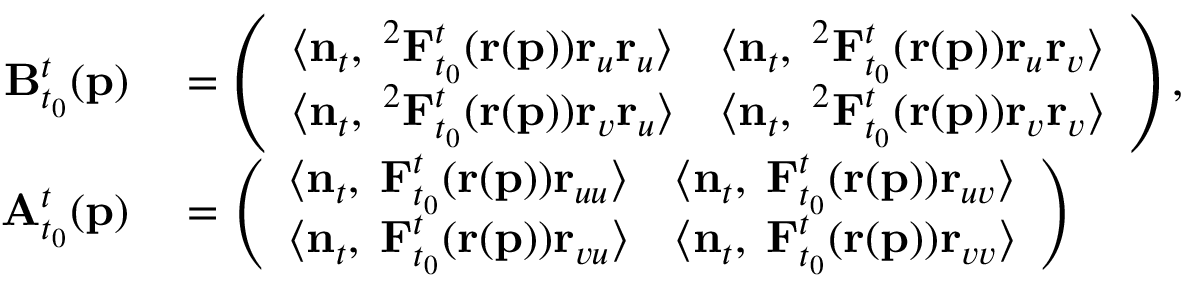
\begin{array} { r l } { \mathbf { B } _ { t _ { 0 } } ^ { t } ( \mathbf { p } ) } & { { } = \left( \begin{array} { l l } { \langle \mathbf { n } _ { t } , \mathbf { \nabla } ^ { 2 } \mathbf { F } _ { t _ { 0 } } ^ { t } ( \mathbf { r } ( \mathbf { p } ) ) \mathbf { r } _ { u } \mathbf { r } _ { u } \rangle } & { \langle \mathbf { n } _ { t } , \mathbf { \nabla } ^ { 2 } \mathbf { F } _ { t _ { 0 } } ^ { t } ( \mathbf { r } ( \mathbf { p } ) ) \mathbf { r } _ { u } \mathbf { r } _ { v } \rangle } \\ { \langle \mathbf { n } _ { t } , \mathbf { \nabla } ^ { 2 } \mathbf { F } _ { t _ { 0 } } ^ { t } ( \mathbf { r } ( \mathbf { p } ) ) \mathbf { r } _ { v } \mathbf { r } _ { u } \rangle } & { \langle \mathbf { n } _ { t } , \mathbf { \nabla } ^ { 2 } \mathbf { F } _ { t _ { 0 } } ^ { t } ( \mathbf { r } ( \mathbf { p } ) ) \mathbf { r } _ { v } \mathbf { r } _ { v } \rangle } \end{array} \right) , } \\ { \mathbf { A } _ { t _ { 0 } } ^ { t } ( \mathbf { p } ) } & { { } = \left( \begin{array} { l l } { \langle \mathbf { n } _ { t } , \mathbf { \nabla } \mathbf { F } _ { t _ { 0 } } ^ { t } ( \mathbf { r } ( \mathbf { p } ) ) \mathbf { r } _ { u u } \rangle } & { \langle \mathbf { n } _ { t } , \mathbf { \nabla } \mathbf { F } _ { t _ { 0 } } ^ { t } ( \mathbf { r } ( \mathbf { p } ) ) \mathbf { r } _ { u v } \rangle } \\ { \langle \mathbf { n } _ { t } , \mathbf { \nabla } \mathbf { F } _ { t _ { 0 } } ^ { t } ( \mathbf { r } ( \mathbf { p } ) ) \mathbf { r } _ { v u } \rangle } & { \langle \mathbf { n } _ { t } , \mathbf { \nabla } \mathbf { F } _ { t _ { 0 } } ^ { t } ( \mathbf { r } ( \mathbf { p } ) ) \mathbf { r } _ { v v } \rangle } \end{array} \right) } \end{array}